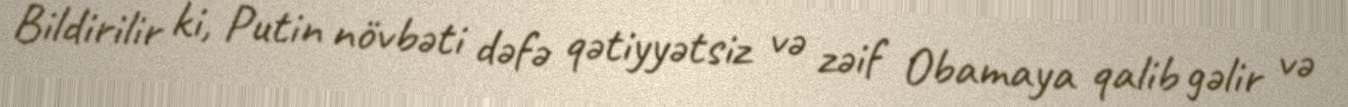
Bildirilir ki, Putin növbəti dəfə qətiyyətsiz və zəif Obamaya qalib gəlir və